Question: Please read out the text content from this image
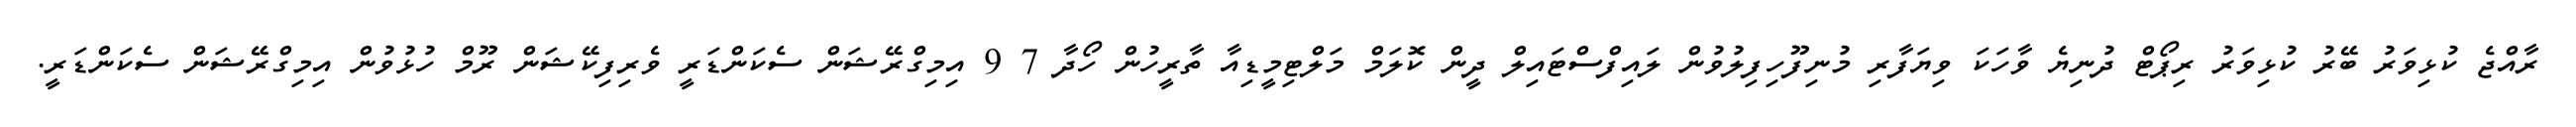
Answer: ރާއްޖެ ކުޅިވަރު ބޭރު ކުޅިވަރު ރިޕޯޓް ދުނިޔެ ވާހަކަ ވިޔަފާރި މުނިފޫހިފިލުވުން ލައިފްސްޓައިލް ދީން ކޮލަމް މަލްޓިމީޑިއާ ތާރީހުން ހޯދާ 7 9 އިމިގްރޭޝަން ސެކަންޑަރީ ވެރިފިކޭޝަން ރޫމް ހުޅުވުން އިމިގްރޭޝަން ސެކަންޑަރީ.